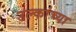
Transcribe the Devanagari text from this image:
उल्कांच्या